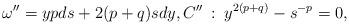
LaTeX: \begin{align*}\omega''=ypds+2(p+q)sdy, C''\::\: y^{2(p+q)}-s^{-p}=0,\end{align*}